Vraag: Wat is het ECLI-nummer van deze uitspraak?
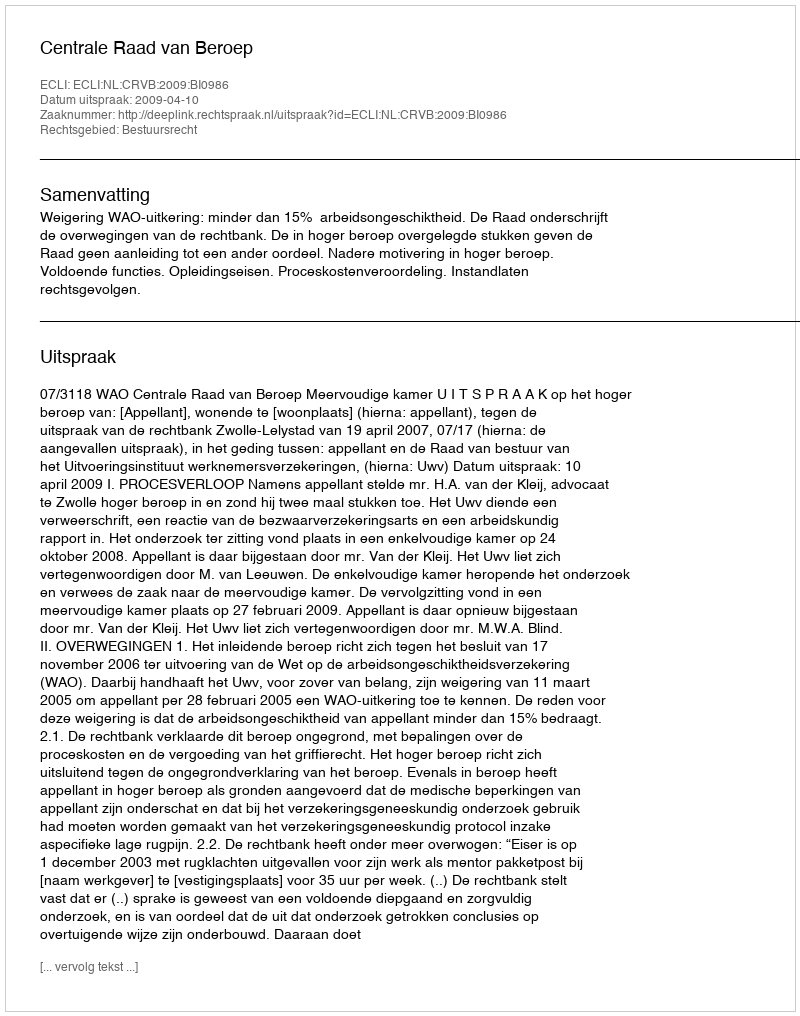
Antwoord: ECLI:NL:CRVB:2009:BI0986